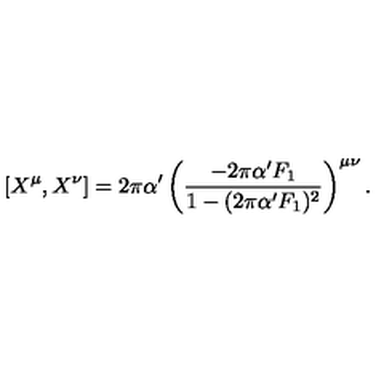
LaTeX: \left[ X ^ { \mu } , X ^ { \nu } \right] = 2 \pi \alpha ^ { \prime } \left( \frac { - 2 \pi \alpha ^ { \prime } F _ { 1 } } { 1 - ( 2 \pi \alpha ^ { \prime } F _ { 1 } ) ^ { 2 } } \right) ^ { \mu \nu } .